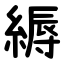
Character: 縟